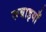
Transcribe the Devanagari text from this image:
रूबाइयाँ